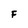
Character: F